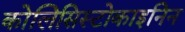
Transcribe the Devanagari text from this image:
कोलिसिस्टोकाइनिन